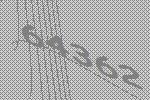
64362